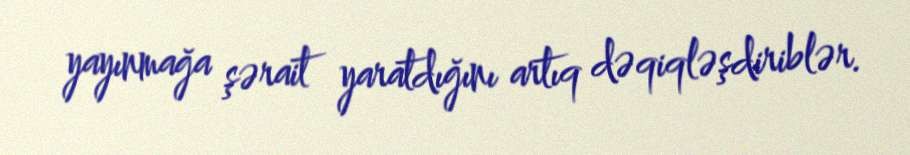
yayınmağa şərait yaratdığını artıq dəqiqləşdiriblər.